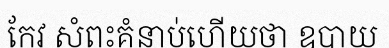
កែវ សំពះគំនាប់ហើយថា ឧបាយ